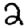
Digit: 2